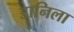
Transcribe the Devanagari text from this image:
डानिला